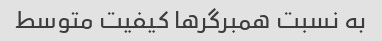
به نسبت همبرگرها کیفیت متوسط